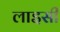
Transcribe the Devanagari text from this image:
लाइसी